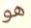
هو